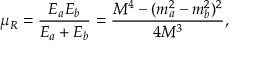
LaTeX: \mu _ { R } = \frac { E _ { a } E _ { b } } { E _ { a } + E _ { b } } = \frac { M ^ { 4 } - ( m _ { a } ^ { 2 } - m _ { b } ^ { 2 } ) ^ { 2 } } { 4 M ^ { 3 } } ,